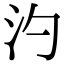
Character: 汋